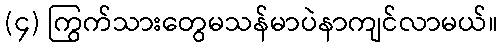
(၄) ကြွက်သားတွေမသန်မာပဲနာကျင်လာမယ်။